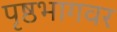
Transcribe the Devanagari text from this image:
पृष्ठभागवर